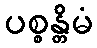
ပစ္စန္တိမံ